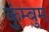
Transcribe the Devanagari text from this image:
कुंम्बुम